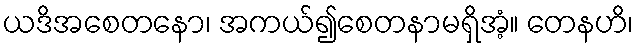
ယဒိအစေတနော၊ အကယ်၍စေတနာမရှိအံ့။ တေနဟိ၊